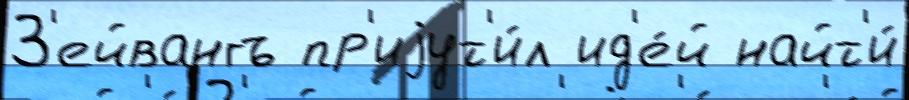
З'ейвангъ пр'иjут'и́л ид'е́й найт'и́